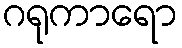
ဂရုကာရော